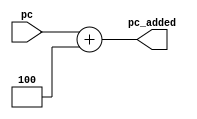
module pc_adder (
    input [31:0] pc,
    output [31:0] pc_added
);
    assign pc_added = pc + 4;
endmodule